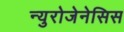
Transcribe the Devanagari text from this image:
न्युरोजेनेसिस